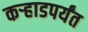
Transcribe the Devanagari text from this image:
कर्‍हाडपर्यंत